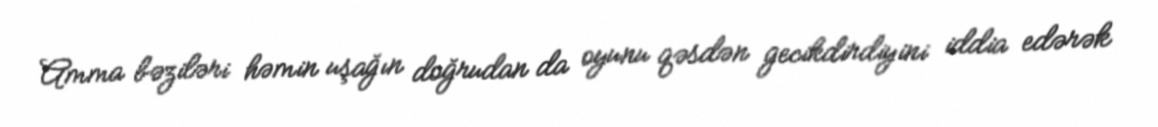
Amma bəziləri həmin uşağın doğrudan da oyunu qəsdən gecikdirdiyini iddia edərək